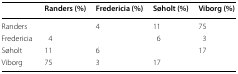
<table><thead><tr><td></td><td><b>Randers (%)</b></td><td><b>Fredericia (%)</b></td><td><b>Søholt (%)</b></td><td><b>Viborg (%)</b></td></tr></thead><tbody><tr><td>Randers</td><td></td><td>4</td><td>11</td><td>75</td></tr><tr><td>Fredericia</td><td>4</td><td></td><td>6</td><td>3</td></tr><tr><td>Søholt</td><td>11</td><td>6</td><td></td><td>17</td></tr><tr><td>Viborg</td><td>75</td><td>3</td><td>17</td><td></td></tr></tbody></table>